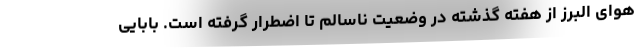
هوای البرز از هفته گذشته در وضعیت ناسالم تا اضطرار گرفته است. بابایی